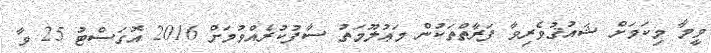
ވީމާ މިކަމަށް ޝައުޤުވެރިވާ ފަރާތްތަކުން މަޢުލޫމަތު ސާފުކުރެއްވުމަށް 2016 އޮގަސްޓު 25 ވާ